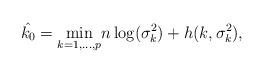
LaTeX: \begin{align*}\hat{k_0}=\underset{k=1,\dotsc,p}{\min}n\log(\sigma^2_k)+h(k,\sigma^2_k),\end{align*}